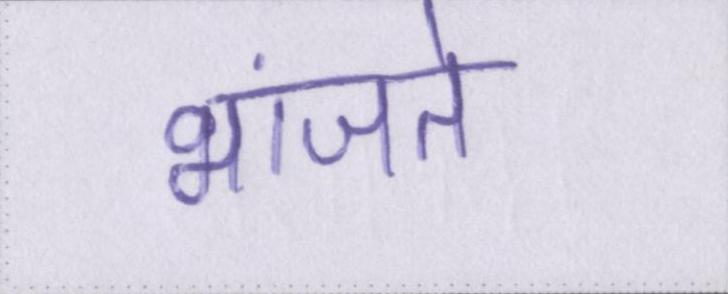
भांजते